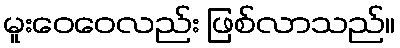
မူးဝေဝေလည်း ဖြစ်လာသည်။